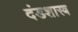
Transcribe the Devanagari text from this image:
दंडशास्त्र